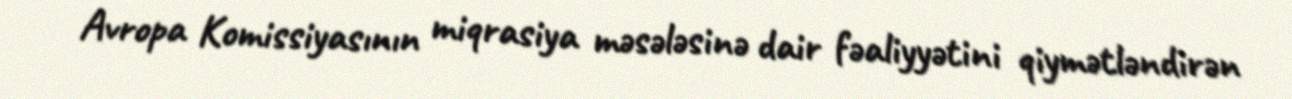
Avropa Komissiyasının miqrasiya məsələsinə dair fəaliyyətini qiymətləndirən